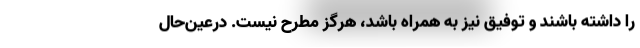
را داشته باشند و توفیق نیز به همراه باشد، هرگز مطرح نیست. درعین‌حال